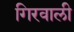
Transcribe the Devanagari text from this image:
गिरवाली